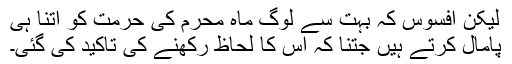
لیکن افسوس کہ بہت سے لوگ ماہِ محرم کی حرمت کو اتنا ہی
پامال کرتے ہیں جتنا کہ اس کا لحاظ رکھنے کی تاکید کی گئی۔